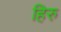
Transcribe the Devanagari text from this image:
हिरु